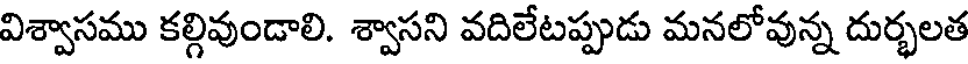
విశ్వాసము కల్గివుండాలి. శ్వాసని వదిలేటప్పుడు మనలోవున్న దుర్భలత